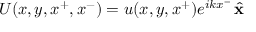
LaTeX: U ( x , y , x ^ { + } , x ^ { - } ) = u ( x , y , x ^ { + } ) e ^ { i k x ^ { - } } \, { \hat { \mathbf { x } } }